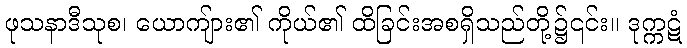
ဖုသနာဒီသုစ၊ ယောကျ်ား၏ ကိုယ်၏ ထိခြင်းအစရှိသည်တို့၌၎င်း။ ဒုက္ကဋံ